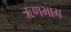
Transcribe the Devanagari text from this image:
ऋणभाग